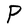
Character: P